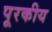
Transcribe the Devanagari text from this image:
पूरकीय